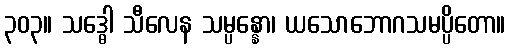
၃၀၃။ သဒ္ဓေါ သီလေန သမ္ပန္နော၊ ယသောဘောဂသမပ္ပိတော။